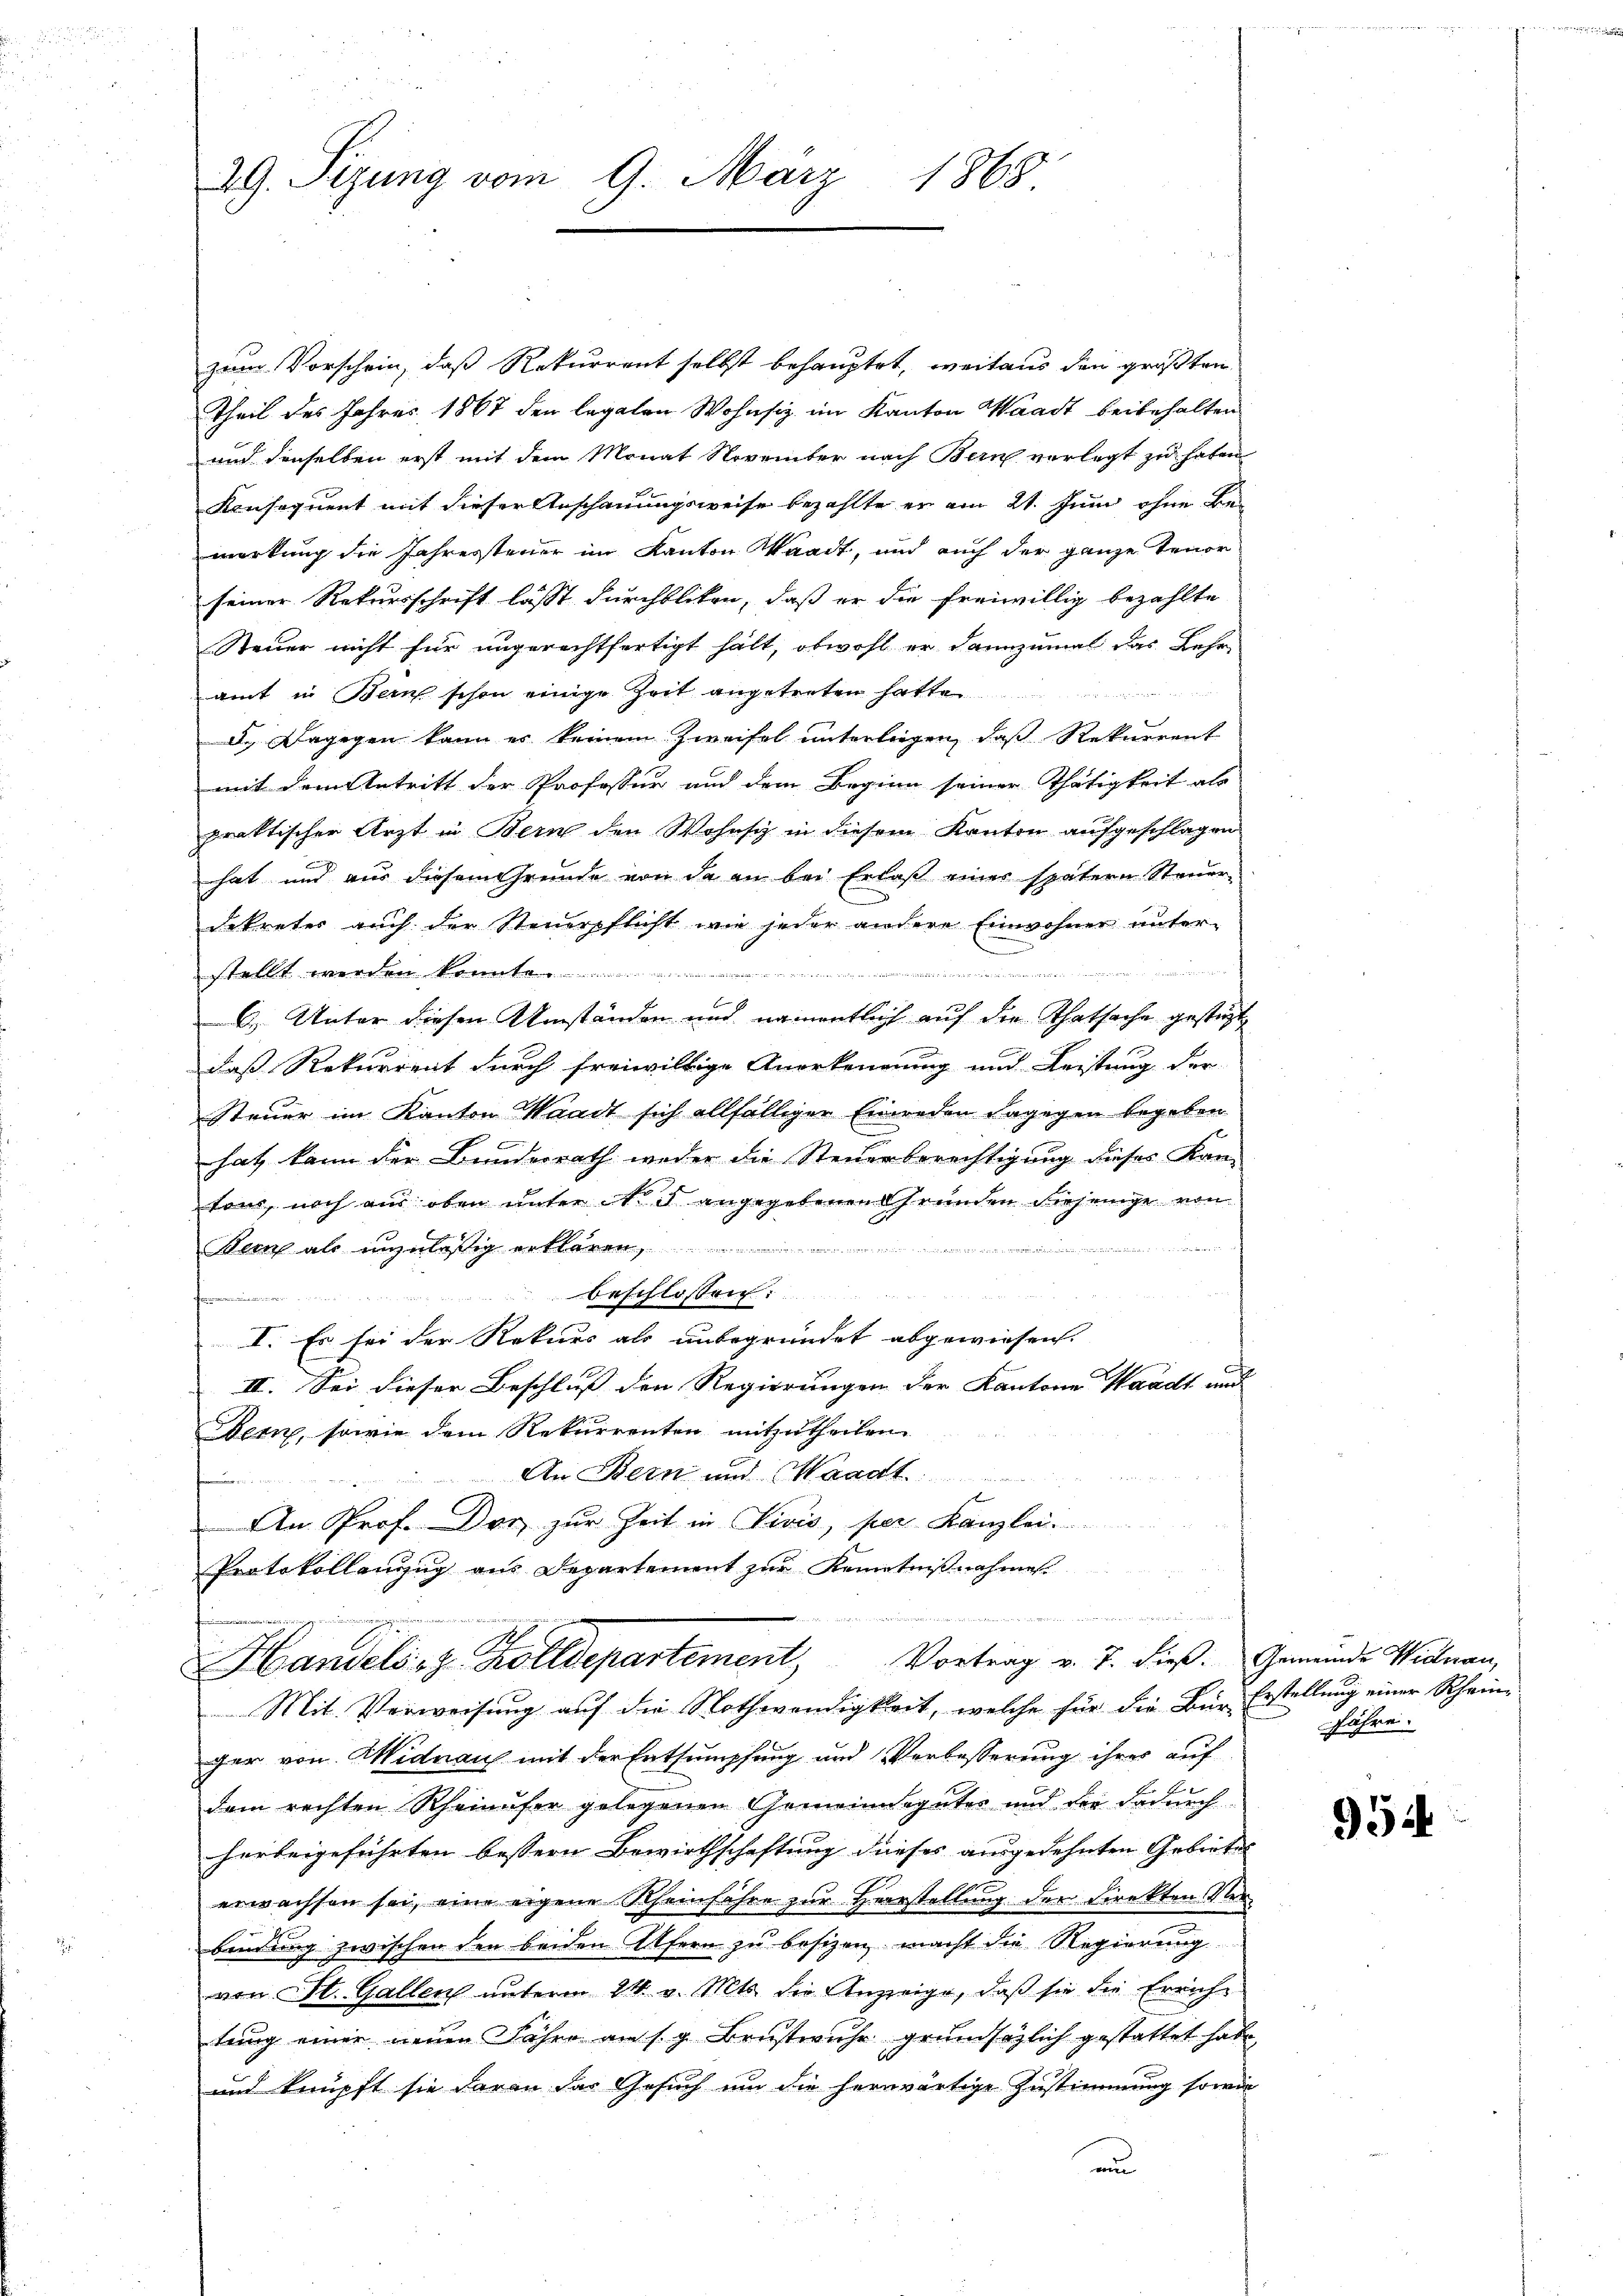
29. Sezung vom 9. März
180

zum Vorschein, daß Rekurrent selbst behauptet, weitaus den größten
Theil des Jahres 1867 den legaten Wohnsiz im Kanton Waadt beibehalten
und denselben erst mit dem Monat November nach Bern verlegt zu haben
Konsequent mit dieser Anschauungsweise bezahlte er am 21. Juni ohne Bemerkung die Jahressteuer im Kanton Waadt, und auch der ganze Tenor
seiner Rekursschrift lässt durchblicken, daß er die freiwillig bezahlte
Steuer nicht für ungerechtfertigt hält, obwohl er dannzumal das Lehr-

amt in Bern schon einige Zeit angetreten hatte
2
d.) Dagegen kann es keinem Zweifel unterliegen, daß Rekurrent
mit dem Antritt der Professur auf dem Beginn seiner Thätigkeit als
praktischer Arzt in Bern den Wohnsiz in diesem Kanton aufgeschlagen
hat und aus diesem Grunde von da an bei Erlaß einer spätern Steuer-
dekreter auch der Steuerpflicht wie jeder andere Einwohner unter-
stellt werden könnte.
minen ein eine einer
6.) Unter diesen Umständen und namentlich auf die Thatsache gestüzt
daß Rekurrent durch freiwillige Anerkennung und Leistung der
Steuer im Kanton Waadt sich allfälliger Einreden dagegen begeben
x
hat kann der Bundesrath weder die Steuerberechtigung dieses Kan-
tons, noch aus oben unter ist angegebenen Grunden diejenige von
 on einer wenn

Bem als unzuläßig erklären,
beschlossen:

I. Es sei der Rekurs als unbegründet abgewiesen.
II. Sei dieser Beschluß den Regierungen der Kantone Waadt und
Bern, sowie dem Rekurrenten mitzutheilen.
An Bern und Waadt
f
t
An Prof. Der zur Zeit in Divis, per Kanzlei.
Protokollenzug aus Departement zur Kenntniβnahmes
n
Handels, z. Zolldepartement, Vortrag v. 7. dieß. Gemeinde Willnau,
Mit Verweisung auf die Nothwendigkeit, welche für die Bür Erstellung einer Scheinger von Widnau mit der Entsumpfung und Verbesserung ihrer auf
dem rechten Rheinufer gelegenen Gemeindeguter und der dadurch
herbeigeführten bessern Bewirthschaftung dieses ausgedehnten Gebietes
erwachsen sei, eine eigene Rheinfahre zur Herrstellung den Direkten Verbindung zwischen den beiden Ufern zu besizen macht die Regierung
von St. Gallen unterm 21. v. Mts. die Anzeige, daß sie die Errichtung einer neuen Jahre an s g Brustwuhr grundsätzlich gestattet habe,
und knüpft sie daran das Gesuch um die herwärtige Zustimmung sowie
und

fahre.

954